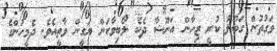
ވަގުތުން ގަބޫލު ކުރީ ޒިހާން އަނޫޝާ ދެކެ ލޯބިވާކަން ޔަގީން ވާތީއެވެ. ދެމީހުންގެ